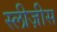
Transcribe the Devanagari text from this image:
स्लीज़ीस